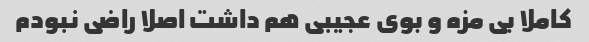
کاملا بی مزه و بوی عجیبی هم داشت اصلا راضی نبودم